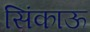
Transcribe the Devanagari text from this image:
सिंकाऊ